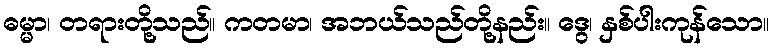
ဓမ္မာ၊ တရားတို့သည်။ ကတမာ၊ အဘယ်သည်တို့နည်း။ ဒွေ၊ နှစ်ပါးကုန်သော။